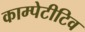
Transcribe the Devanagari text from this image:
काम्पेटीटिव